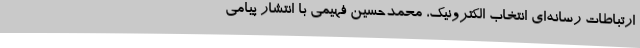
ارتباطات رسانه‌ای انتخاب الکترونیک، محمدحسین فهیمی با انتشار پیامی